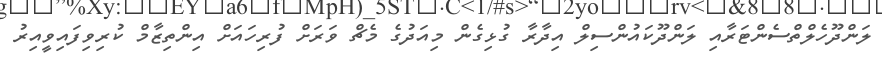
ލަންދޫހެލްތްސެންޓަރާއި ލަންދޫކައުންސިލް އިދާރާ ގުޅިގެން މިއަދުގެ މެޗް ވަރަށް ފުރިހައަށް އިންތިޒާމް ކުރިވިފައިވީއިރު